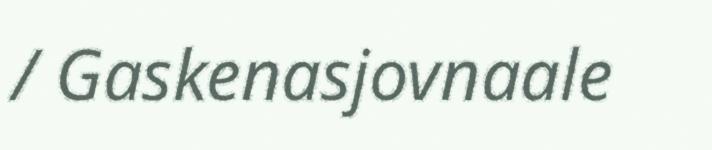
/ Gaskenasjovnaale